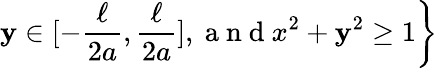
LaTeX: \left.\mathbf{y}\in[-\frac{{\ell}}{{2a}},\frac{{\ell}}{{2a}}],\mathrm{{~a~n~d~}}x^{2}+\mathbf{y}^{2}\geq1\right\}